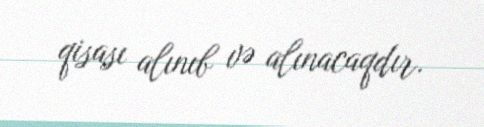
qisası alınıb və alınacaqdır.